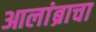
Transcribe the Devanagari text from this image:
आलांब्राचा